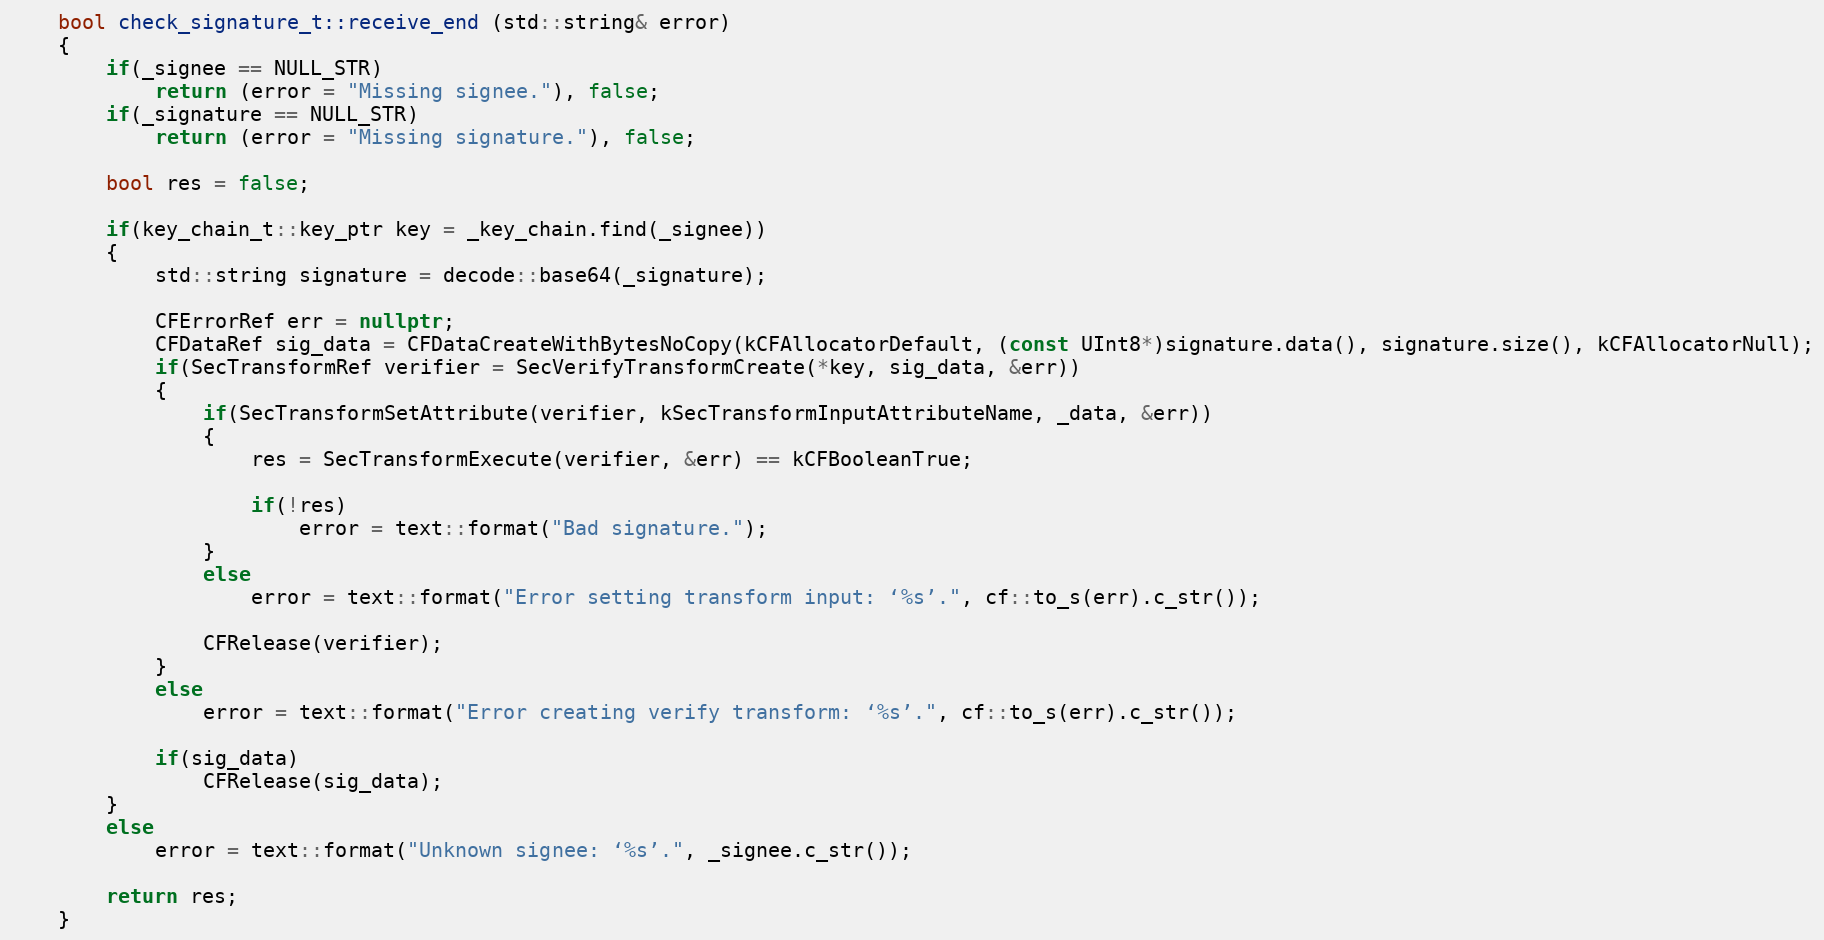
Language: C++
	bool check_signature_t::receive_end (std::string& error)
	{
		if(_signee == NULL_STR)
			return (error = "Missing signee."), false;
		if(_signature == NULL_STR)
			return (error = "Missing signature."), false;

		bool res = false;

		if(key_chain_t::key_ptr key = _key_chain.find(_signee))
		{
			std::string signature = decode::base64(_signature);

			CFErrorRef err = nullptr;
			CFDataRef sig_data = CFDataCreateWithBytesNoCopy(kCFAllocatorDefault, (const UInt8*)signature.data(), signature.size(), kCFAllocatorNull);
			if(SecTransformRef verifier = SecVerifyTransformCreate(*key, sig_data, &err))
			{
				if(SecTransformSetAttribute(verifier, kSecTransformInputAttributeName, _data, &err))
				{
					res = SecTransformExecute(verifier, &err) == kCFBooleanTrue;

					if(!res)
						error = text::format("Bad signature.");
				}
				else
					error = text::format("Error setting transform input: ‘%s’.", cf::to_s(err).c_str());

				CFRelease(verifier);
			}
			else
				error = text::format("Error creating verify transform: ‘%s’.", cf::to_s(err).c_str());

			if(sig_data)
				CFRelease(sig_data);
		}
		else
			error = text::format("Unknown signee: ‘%s’.", _signee.c_str());

		return res;
	}